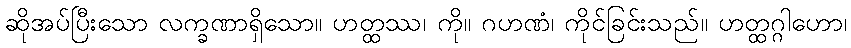
ဆိုအပ်ပြီးသော လက္ခဏာရှိသော။ ဟတ္ထဿ၊ ကို။ ဂဟဏံ၊ ကိုင်ခြင်းသည်။ ဟတ္ထဂ္ဂါဟော၊